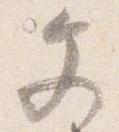
文